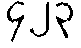
၄၂၃